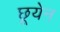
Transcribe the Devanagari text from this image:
छूयेन